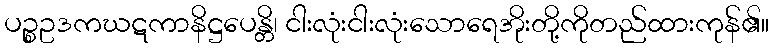
ပဉ္စဥဒကဃဋကာနိဋ္ဌပေန္တိ၊ ငါးလုံးငါးလုံးသောရေအိုးတို့ကိုတည်ထားကုန်၏။